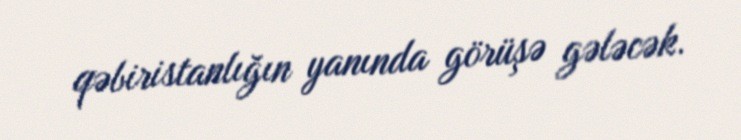
qəbiristanlığın yanında görüşə gələcək.